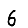
Digit: 6